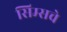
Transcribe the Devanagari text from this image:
सिम्सचे